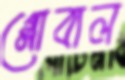
গ্লোবাল